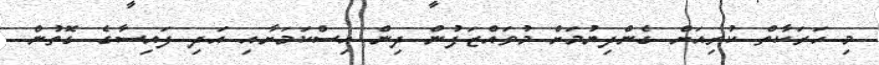
މި ހަރަކާތް ކުރިއަށް ގެންދިޔުމަށް މުވައްޒަފުން ދިން އިސްކަމަށާއި އަދި ފައިސާގެ ގޮތުން